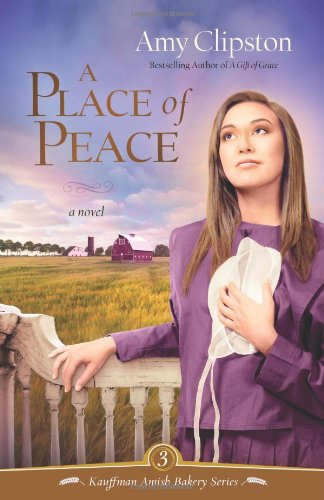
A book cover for A Place of Peace (Kauffman Amish Bakery); Amy Clipston; Romance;